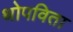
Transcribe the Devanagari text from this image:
थोपविता